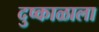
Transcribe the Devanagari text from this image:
दुष्काळाला